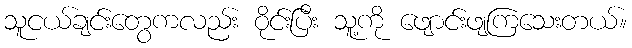
သူငယ်ချင်းတွေကလည်း ဝိုင်းပြီး သူ့ကို ဖျောင်းဖျကြသေးတယ်။